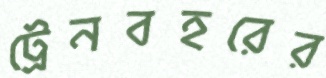
ট্রেনবহরের